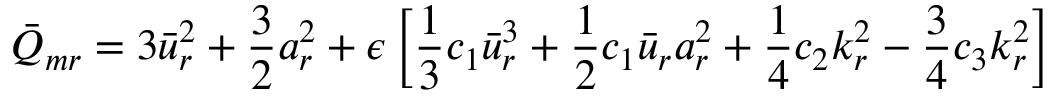
\bar { Q } _ { m r } = 3 \bar { u } _ { r } ^ { 2 } + \frac { 3 } { 2 } a _ { r } ^ { 2 } + \epsilon \left[ \frac { 1 } { 3 } c _ { 1 } \bar { u } _ { r } ^ { 3 } + \frac { 1 } { 2 } c _ { 1 } \bar { u } _ { r } a _ { r } ^ { 2 } + \frac { 1 } { 4 } c _ { 2 } k _ { r } ^ { 2 } - \frac { 3 } { 4 } c _ { 3 } k _ { r } ^ { 2 } \right]